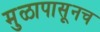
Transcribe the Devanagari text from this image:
मुळापासूनच